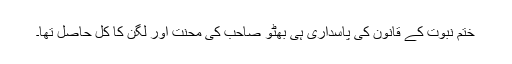
ختمِ نبوت کے قانون کی پاسداری ہی بھٹو صاحب کی محنت اور لگن کا کل حاصل تھا۔